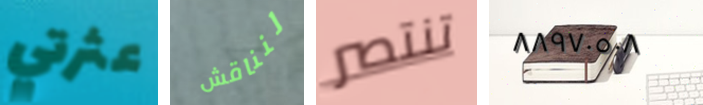
عثرتي لنناقش تنتصر ٨٨٩٧٠٥٠٨